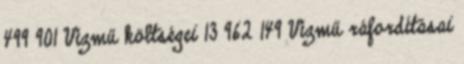
499 901 Vízmű költségei 13 962 149 Vízmű ráfordításai